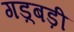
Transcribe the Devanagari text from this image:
गड़्बड़ी